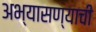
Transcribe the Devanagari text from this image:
अभ्यासण्याची